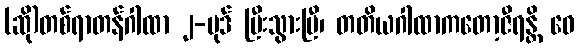
(ဆို)တစ်ရာတန်ဂါထာ ၂-ပုဒ် ပြီးသွားပြီ၊ တတိယဂါထာကတော့ဇီရန္တိ ဝေ